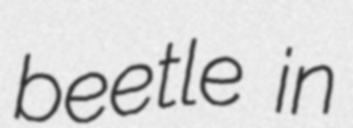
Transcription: beetle in